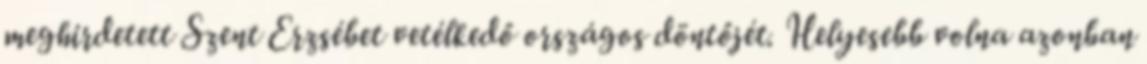
meghirdetett Szent Erzsébet vetélkedő országos döntőjét. Helyesebb volna azonban